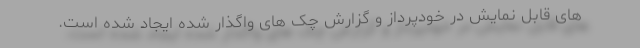
های قابل نمایش در خودپرداز و گزارش چک های واگذار شده ایجاد شده است.